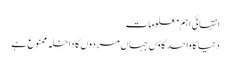
انتہائی اہم معلومات
دنیا کا واحد گاؤں جہاں مردوں کا داخلہ ممنوع ہے